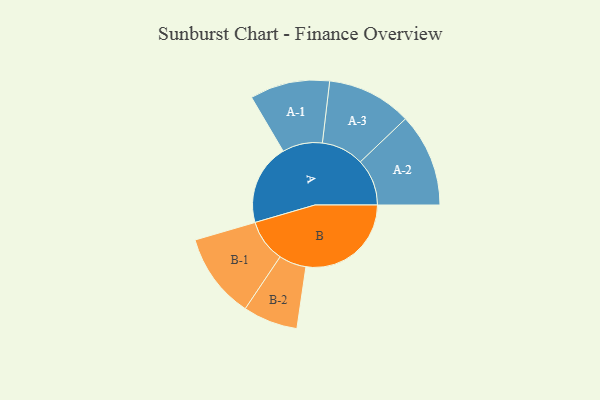
{"axis": {"x": "Segment", "y": "Value"}, "legend": ["", "A", "B"], "data": [{"x": "A", "y": 361, "type": ""}, {"x": "B", "y": 469, "type": ""}, {"x": "A-1", "y": 178, "type": "A"}, {"x": "A-2", "y": 208, "type": "A"}, {"x": "A-3", "y": 189, "type": "A"}, {"x": "B-1", "y": 190, "type": "B"}, {"x": "B-2", "y": 122, "type": "B"}]}